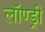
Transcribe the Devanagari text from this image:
लॉण्ड्री